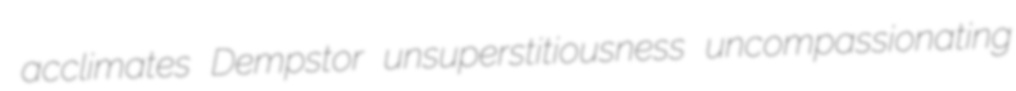
acclimates Dempstor unsuperstitiousness uncompassionating